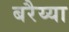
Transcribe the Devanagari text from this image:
बरैय्या